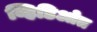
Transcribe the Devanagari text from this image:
व्हिडिओत